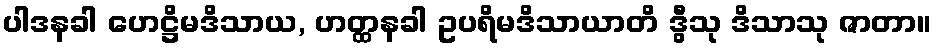
ပါဒနခါ ဟေဋ္ဌိမဒိသာယ, ဟတ္ထနခါ ဥပရိမဒိသာယာတိ ဒွီသု ဒိသာသု ဇာတာ။